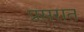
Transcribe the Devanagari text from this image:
प्रसरात